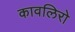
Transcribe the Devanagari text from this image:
कावलिरो